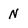
Character: N